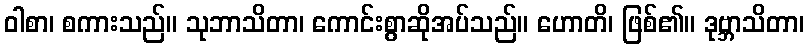
ဝါစာ၊ စကားသည်။ သုဘာသိတာ၊ ကောင်းစွာဆိုအပ်သည်။ ဟောတိ၊ ဖြစ်၏။ ဒုဗ္ဘာသိတာ၊